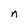
Character: n